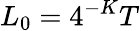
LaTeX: L_{0}=4^{-K}T